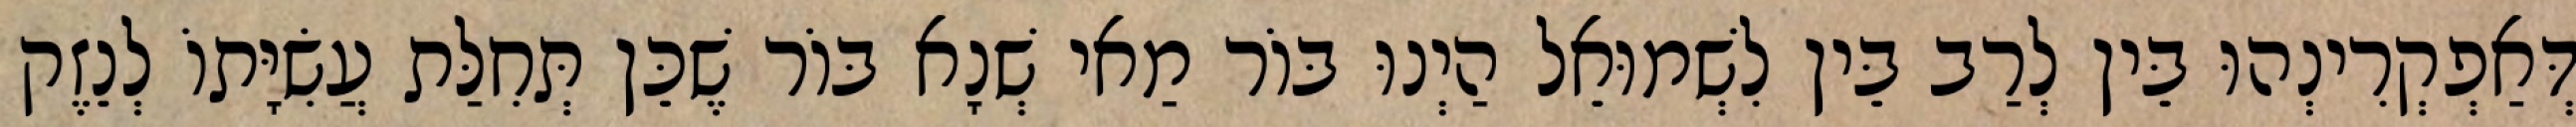
דְּאַפְקְרִינְהוּ בֵּין לְרַב בֵּין לִשְׁמוּאֵל הַיְנוּ בּוֹר מַאי שְׁנָא בּוֹר שֶׁכֵּן תְּחִלַּת עֲשִׂיָּתוֹ לְנֵזֶק